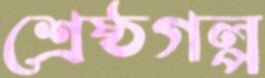
শ্রেষ্ঠগল্প